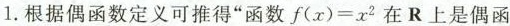
1.根据偶函数定义可推得”函数$$f ( x ) = x^{2}$$在R上是偶函